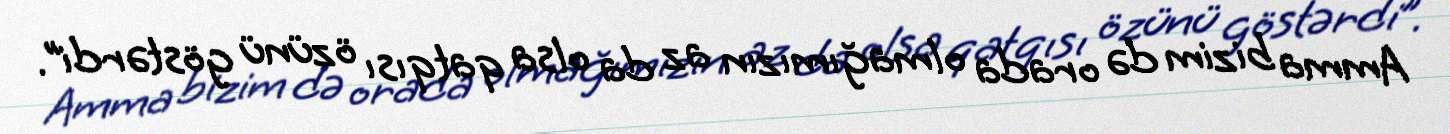
Amma bizim də orada olmağımızın az da olsa qatqısı özünü göstərdi”.